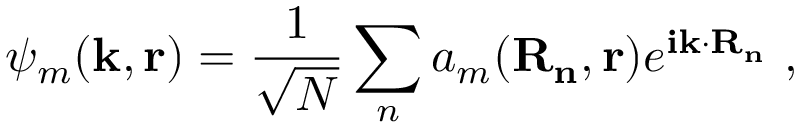
\psi _ { m } \mathbf { ( k , r ) } = { \frac { 1 } { \sqrt { N } } } \sum _ { n } { a _ { m } \mathbf { ( R _ { n } , r ) } } e ^ { \mathbf { i k \cdot R _ { n } } } \ ,